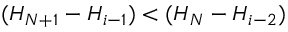
( H _ { N + 1 } - H _ { i - 1 } ) < ( H _ { N } - H _ { i - 2 } )